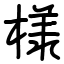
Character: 様